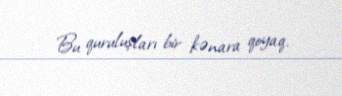
Bu quruluşları bir kənara qoyaq.